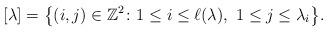
LaTeX: \begin{gather*}[\lambda] = \big\{ (i,j) \in \mathbb{Z}^2 \colon 1\leq i \leq \ell(\lambda),\ 1 \leq j \leq \lambda_i \big\}.\end{gather*}